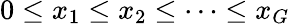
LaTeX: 0\leq x_{1}\leq x_{2}\leq\dots\leq x_{G}